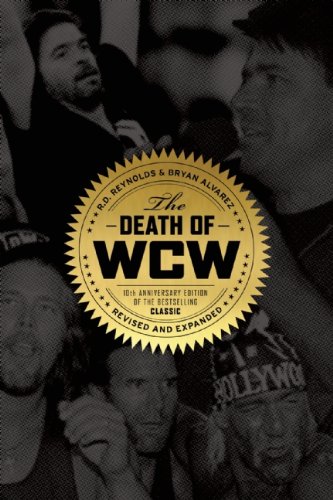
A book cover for The Death of WCW: 10th Anniversary Edition of the Bestselling Classic EEÂ Revised and Expanded; R D Reynolds; Biographies & Memoirs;